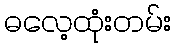
ဓလေ့ထုံးတမ်း